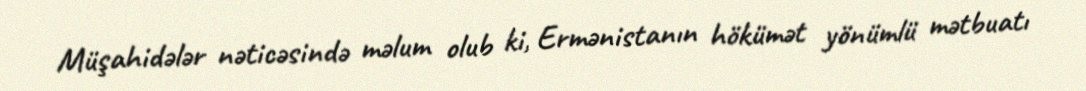
Müşahidələr nəticəsində məlum olub ki, Ermənistanın hökümət yönümlü mətbuatı